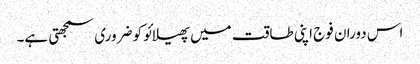
اس دوران فوج اپنی طاقت میں پھیلائو کو ضروری سمجھتی ہے۔